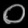
Digit: ၀